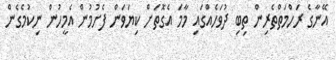
އޭނާގެ ރަހްމަތްތެރިން ތިބި ދުވަހެއްގައި މާމަ އެގޮތަށް ކިޔަވަން ފެށުމުން އެމީހުން ނިކުމެގެން